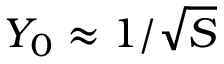
Y _ { 0 } \approx 1 / { \sqrt { S } }